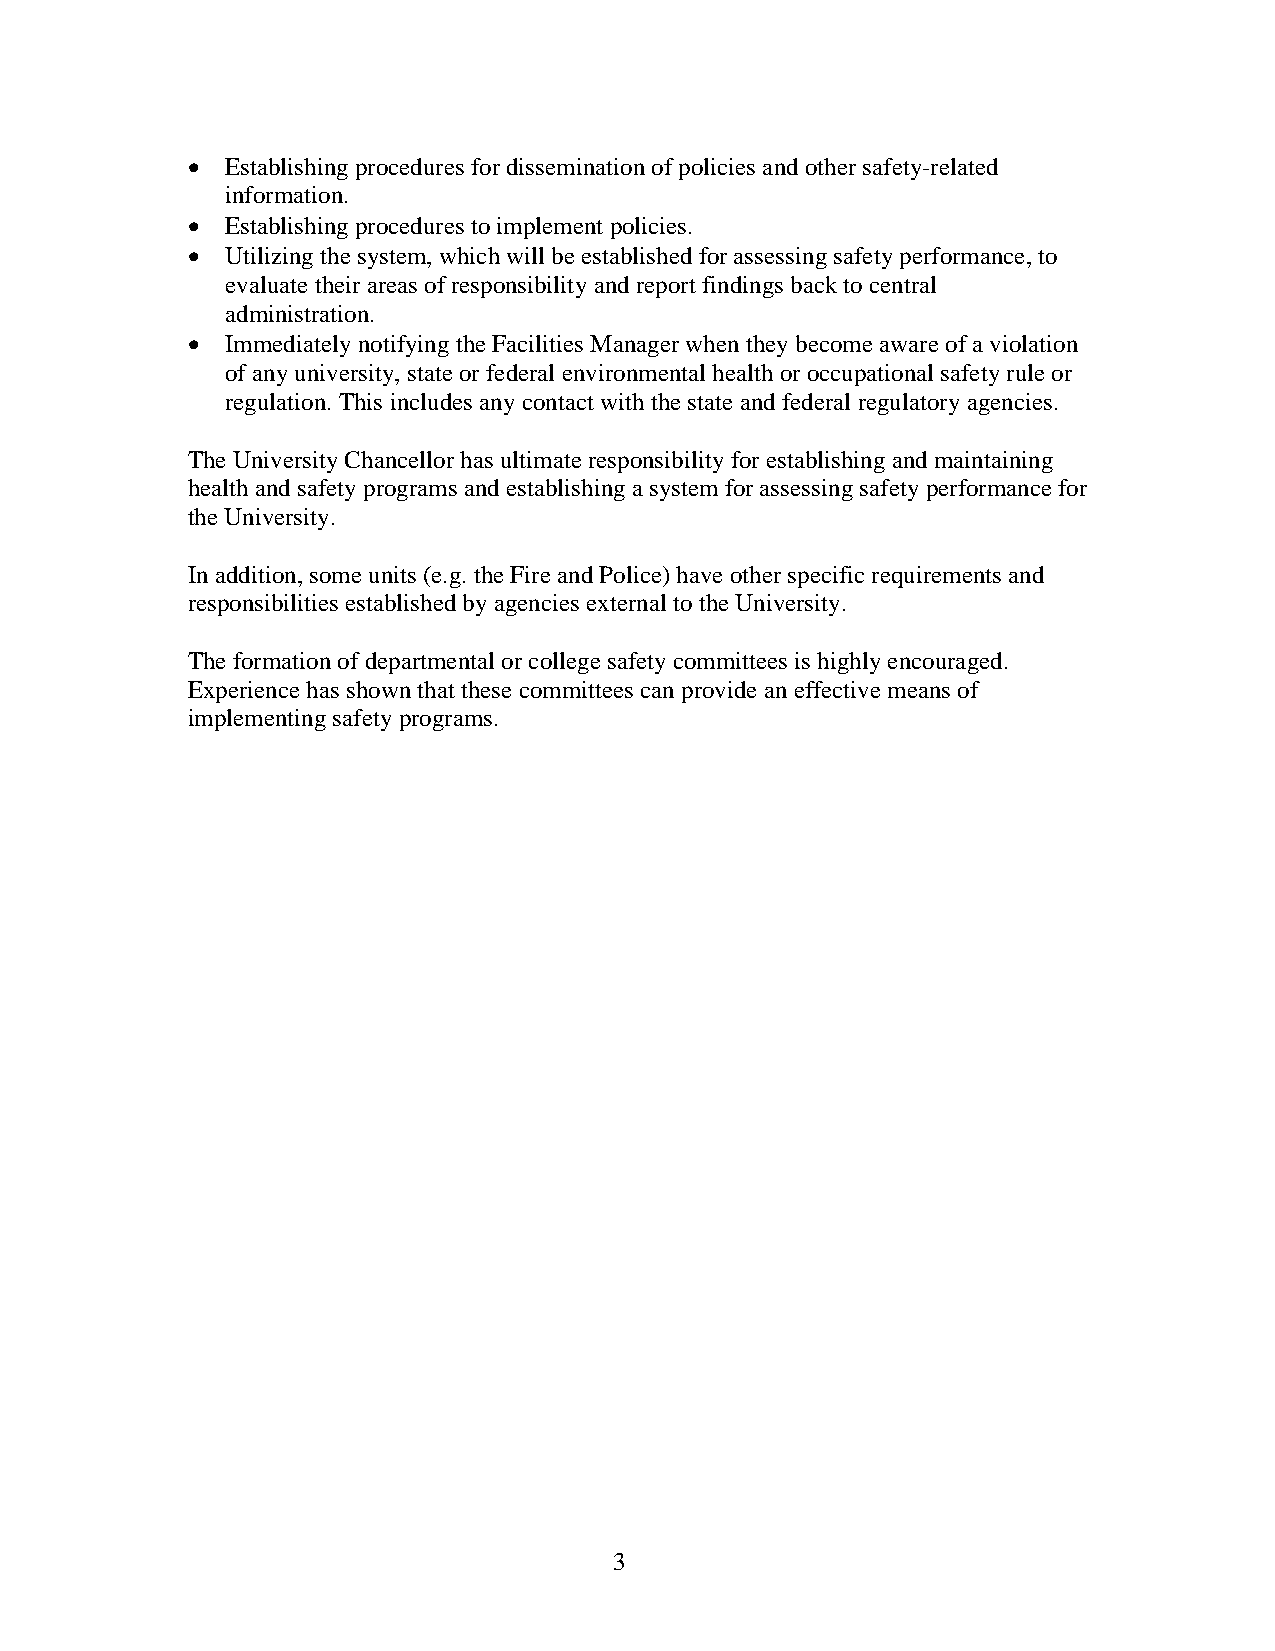
  Establishing procedures for dissemination of policies and other safety-related
 information.
   Establishing procedures to implement policies.
   Utilizing the system, which will be established for assessing safety performance, to
 evaluate their areas of responsibility and report findings back to central
 administration.
   Immediately notifying the Facilities Manager when they become aware of a violation
 of any university, state or federal environmental health or occupational safety rule or
 regulation. This includes any contact with the state and federal regulatory agencies.
 The University Chancellor has ultimate responsibility for establishing and maintaining
 health and safety programs and establishing a system for assessing safety performance for
 the University.
 In addition, some units (e.g. the Fire and Police) have other specific requirements and
 responsibilities established by agencies external to the University.
 The formation of departmental or college safety committees is highly encouraged.
 Experience has shown that these committees can provide an effective means of
 implementing safety programs.
 3